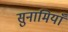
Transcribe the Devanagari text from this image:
सुनामियाँ